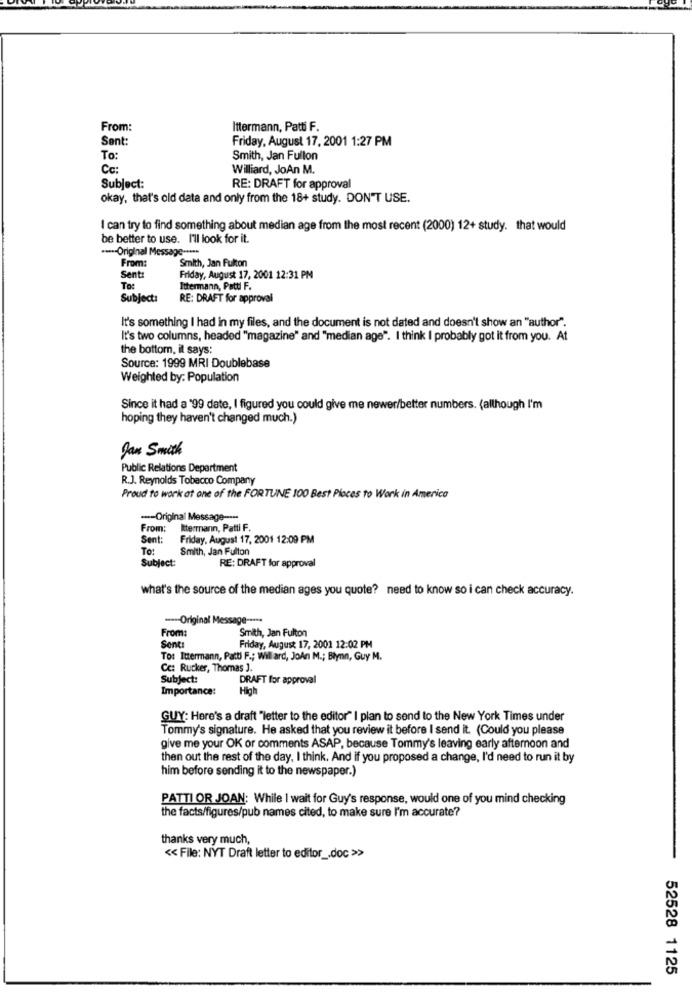
From:
Ittermann, Patti F.
Sent:
Friday, August 17, 2001 1:27 PM
To:
Smith, Jan Fullon
Cc:
Williard, JoAn M.
Subject:
RE: DRAFT for approval
okay, that's old data and only from the 18+ study. DON'T USE.
I can try to find something about median age from the most recent (2000) 12+ study. that would
be better to use. I'll look for it.
·---- Original Message -****
Smith, Jan Fulton
From:
Sent:
Friday, August 17, 2001 12:31 PM
To:
Ittermann, Patti F.
Subject:
RE: DRAFT for approval
It's something I had in my files, and the document is not dated and doesn't show an "author".
It's two columns, headed "magazine" and "median age". I think I probably got it from you. At
the bottom, it says:
Source: 1999 MRI Doublebase
Weighted by: Population
Since it had a '99 date, I figured you could give me newer/better numbers. (although I'm
hoping they haven't changed much.)
Jan Smith
Public Relations Department
R.J. Reynolds Tobacco Company
Proud to work at one of the FORTUNE 100 Best Places to Work in America
-- Original Message ----
From: Itermann, Patti F.
Sent:
Friday, August 17, 2001 12:09 PM
To:
Smith, Jan Fulton
Subject:
RE: DRAFT for approval
what's the source of the median ages you quote? need to know so i can check accuracy.
---- Original M
ssage -****
From:
Smith, Jan Fulton
Sent:
Friday, August 17, 2001 12:02 PM
To: Ittermann, Patti F .; Will ard, JoAn M .; Blynn, Guy M.
Cc: Rucker, Thomas ].
Subject:
DRAFT for approval
Importance:
High
GUY: Here's a draft "letter to the editor" I plan to send to the New York Times under
Tommy's signature. He asked that you review it before I send it. (Could you please
give me your OK or comments ASAP, because Tommy's leaving early afternoon and
then out the rest of the day, I think. And if you proposed a change, I'd need to run it by
him before sending it to the newspaper.)
PATTI OR JOAN: While 1 wait for Guy's response, would one of you mind checking
the facts/figures/pub names cited, to make sure I'm accurate?
thanks very much,
<< File: NYT Draft letter to editor _. doc >>
52528 1125